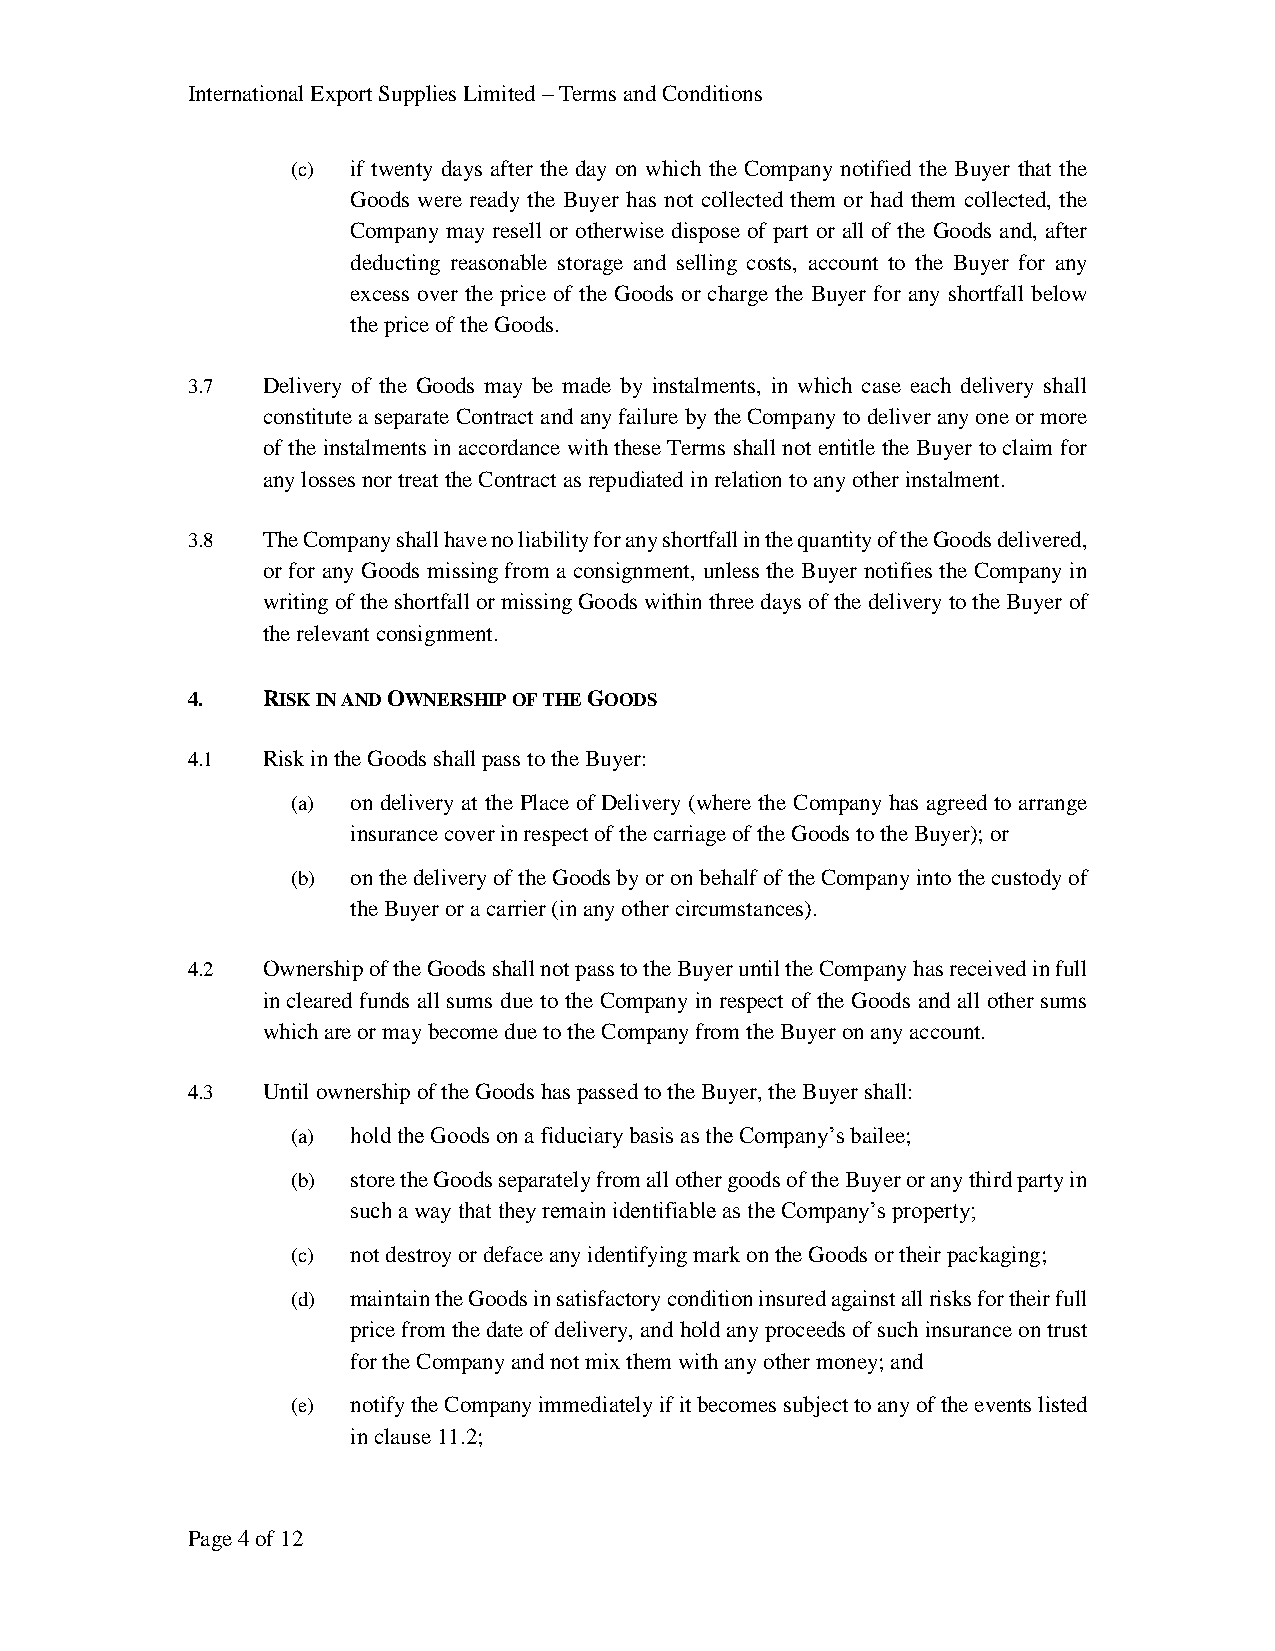
International Export Supplies Limited – Terms and Conditions
 (c) if twenty days after the day on which the Company notified the Buyer that the
 Goods were ready the Buyer has not collected them or had them collected, the
 Company may resell or otherwise dispose of part or all of the Goods and, after
 deducting reasonable storage and selling costs, account to the Buyer for any
 excess over the price of the Goods or charge the Buyer for any shortfall below
 the price of the Goods.
 3.7  Delivery of the Goods may be made by instalments, in which case each delivery shall
 constitute a separate Contract and any failure by the Company to deliver any one or more
 of the instalments in accordance with these Terms shall not entitle the Buyer to claim for
 any losses nor treat the Contract as repudiated in relation to any other instalment.
 3.8  The Company shall have no liability for any shortfall in the quantity of the Goods delivered,
 or for any Goods missing from a consignment, unless the Buyer notifies the Company in
 writing of the shortfall or missing Goods within three days of the delivery to the Buyer of
 the relevant consignment.
 4.   RISK IN AND OWNERSHIP OF THE GOODS
 4.1  Risk in the Goods shall pass to the Buyer:
 (a) on delivery at the Place of Delivery (where the Company has agreed to arrange
 insurance cover in respect of the carriage of the Goods to the Buyer); or
 (b) on the delivery of the Goods by or on behalf of the Company into the custody of
 the Buyer or a carrier (in any other circumstances).
 4.2  Ownership of the Goods shall not pass to the Buyer until the Company has received in full
 in cleared funds all sums due to the Company in respect of the Goods and all other sums
 which are or may become due to the Company from the Buyer on any account.
 4.3  Until ownership of the Goods has passed to the Buyer, the Buyer shall:
 (a) hold the Goods on a fiduciary basis as the Company’s bailee;
 (b) store the Goods separately from all other goods of the Buyer or any third party in
 such a way that they remain identifiable as the Company’s property;
 (c) not destroy or deface any identifying mark on the Goods or their packaging;
 (d) maintain the Goods in satisfactory condition insured against all risks for their full
 price from the date of delivery, and hold any proceeds of such insurance on trust
 for the Company and not mix them with any other money; and
 (e) notify the Company immediately if it becomes subject to any of the events listed
 in clause 11.2;
 Page 4 of 12